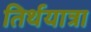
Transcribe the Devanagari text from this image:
तिर्थयात्रा